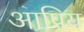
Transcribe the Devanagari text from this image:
आप्रिय